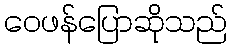
ဝေဖန်ပြောဆိုသည်